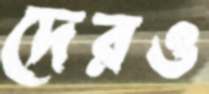
দেরও